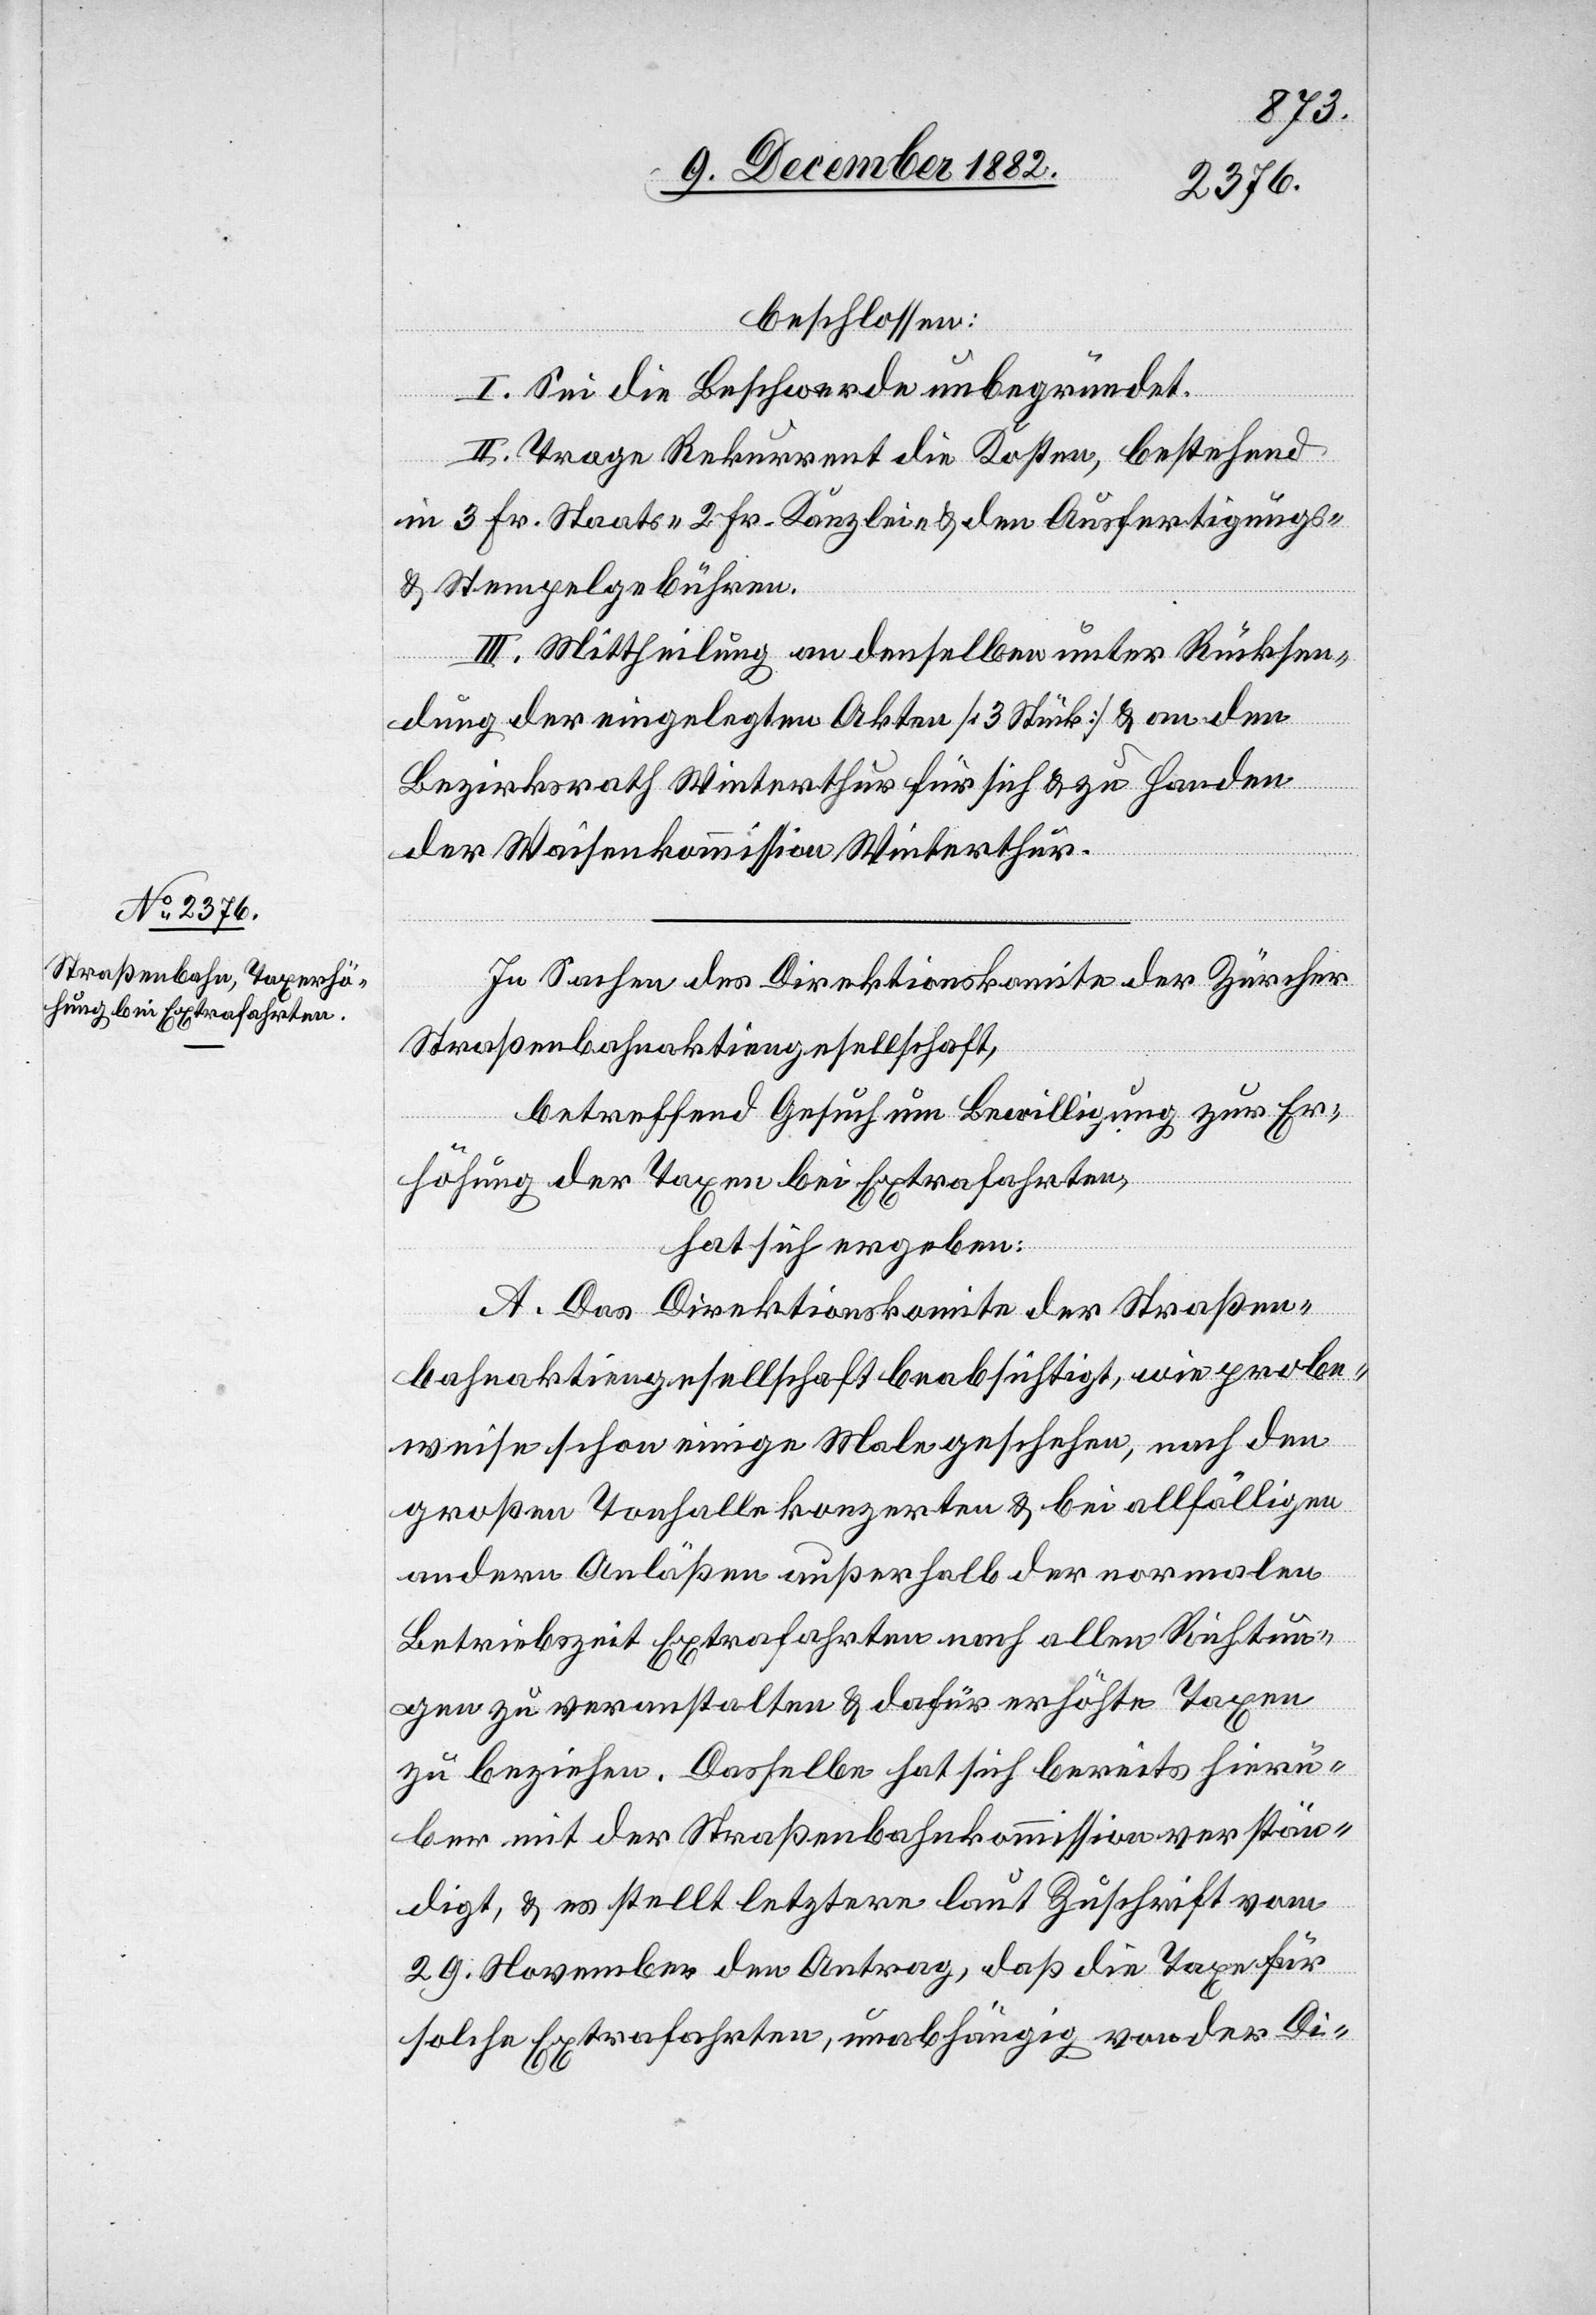
beschlossen:
I. Sei die Beschwerde unbegründet.
II. Trage Rekurrent die Kosten, bestehend
in 3 Fr. Staats-, 2 Fr. Kanzlei- nebst den Ausfertigungs-
& Stempelgebühren.
III. Mittheilung an denselben unter Rücksen¬
dung der eingelegten Akten [3 Stück] & an den
Bezirksrath Winterthur für sich & zu Handen
der Waisenkommission Winterthur.
In Sachen des Direktionskomite der Zürcher
Straßenbahnaktiengesellschaft,
betreffend Gesuch um Bewilligung zur Er¬
höhung der Taxen bei Extrafahrten,
hat sich ergeben:
A. Das Direktionskomite der Straßen¬
bahnaktiengesellschaft beabsichtigt, wie probe¬
weise schon einige Male geschehen, nach den
großen Tonhallekonzerten & bei allfälligen
andern Anläßen außerhalb der normalen
Betriebszeit Extrafahrten nach allen Richtun¬
gen zu veranstalten & dafür erhöhte Taxen
zu beziehen. Dasselbe hat sich bereits hierü¬
ber mit der Straßenbahnkommission verstän¬
digt, & es stellt letztere laut Zuschrift vom
29. November den Antrag, daß die Taxe für
solche Extrafahrten, unabhängig von der Di-